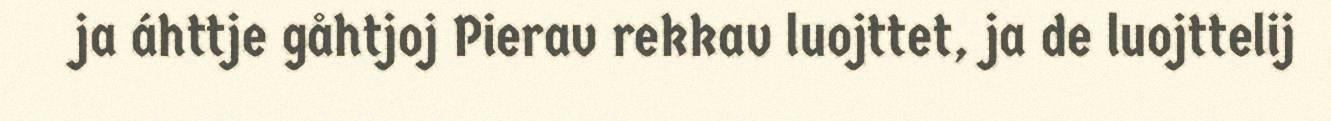
ja áhttje gåhtjoj Pierav rekkav luojttet, ja de luojttelij